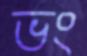
ভং